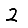
Digit: 2